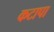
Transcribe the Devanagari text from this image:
कटापा